画像に写った文字を読んでください
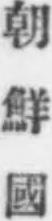
「朝鮮國」と書いてあります